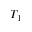
T _ { 1 }